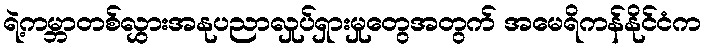
ရဲ့ကမ္ဘာတစ်လွှားအနုပညာလှုပ်ရှားမှုတွေအတွက် အမေရိကန်နိုင်ငံက